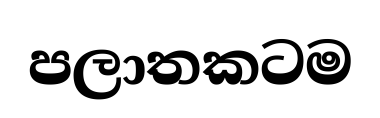
පලාතකටම